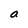
Character: a